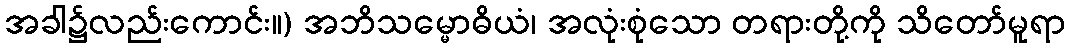
အခါ၌လည်းကောင်း။) အဘိသမ္မောဓိယံ၊ အလုံးစုံသော တရားတို့ကို သိတော်မူရာ